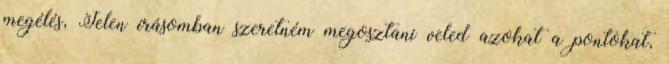
megélés, Jelen írásomban szeretném megosztani veled azokat a pontokat,